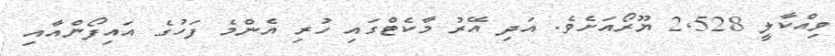
ވިއްކާލީ 2